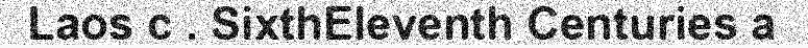
Laos c . SixthEleventh Centuries a